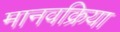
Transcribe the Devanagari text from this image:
मानवक्रिया